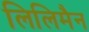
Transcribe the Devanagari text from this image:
लिलिमैन